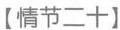
【情节二十】